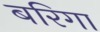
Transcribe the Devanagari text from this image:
बरिगा